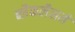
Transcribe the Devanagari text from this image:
ब्लैकलैसमें